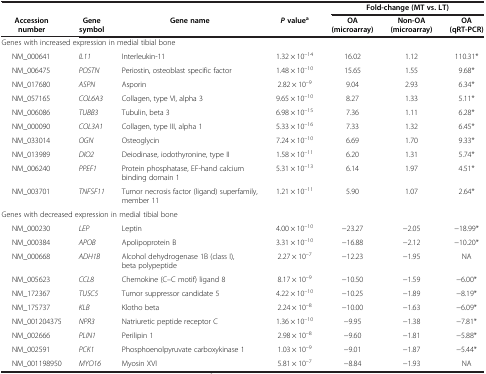
<table><thead><tr><td><b> </b></td><td><b> </b></td><td><b> </b></td><td><b> </b></td><td colspan="3"><b>Fold-change (MT vs. LT)</b></td></tr><tr><td><b>Accession number</b></td><td><b>Gene symbol</b></td><td><b>Gene name</b></td><td><b><i>P </i>value<sup>a</sup></b></td><td><b>OA (microarray)</b></td><td><b>Non-OA (microarray)</b></td><td><b>OA (qRT-PCR)</b></td></tr></thead><tbody><tr><td colspan="3">Genes with increased expression in medial tibial bone</td><td> </td><td colspan="3"> </td></tr><tr><td>NM_000641</td><td><i>IL11</i></td><td>Interleukin-11</td><td>1.32 × 10<sup>–14</sup></td><td>16.02</td><td>1.12</td><td>110.31*</td></tr><tr><td>NM_006475</td><td><i>POSTN</i></td><td>Periostin, osteoblast specific factor</td><td>1.48 × 10<sup>–10</sup></td><td>15.65</td><td>1.55</td><td>9.68*</td></tr><tr><td>NM_017680</td><td><i>ASPN</i></td><td>Asporin</td><td>2.82 × 10<sup>–9</sup></td><td>9.04</td><td>2.93</td><td>6.34*</td></tr><tr><td>NM_057165</td><td><i>COL6A3</i></td><td>Collagen, type VI, alpha 3</td><td>9.65 × 10<sup>–10</sup></td><td>8.27</td><td>1.33</td><td>5.11*</td></tr><tr><td>NM_006086</td><td><i>TUBB3</i></td><td>Tubulin, beta 3</td><td>6.98 × 10<sup>–15</sup></td><td>7.36</td><td>1.11</td><td>6.28*</td></tr><tr><td>NM_000090</td><td><i>COL3A1</i></td><td>Collagen, type III, alpha 1</td><td>5.33 × 10<sup>–16</sup></td><td>7.33</td><td>1.32</td><td>6.45*</td></tr><tr><td>NM_033014</td><td><i>OGN</i></td><td>Osteoglycin</td><td>7.24 × 10<sup>–10</sup></td><td>6.69</td><td>1.70</td><td>9.33*</td></tr><tr><td>NM_013989</td><td><i>DIO2</i></td><td>Deiodinase, iodothyronine, type II</td><td>1.58 × 10<sup>–11</sup></td><td>6.20</td><td>1.31</td><td>5.74*</td></tr><tr><td>NM_006240</td><td><i>PPEF1</i></td><td>Protein phosphatase, EF-hand calcium binding domain 1</td><td>5.31 × 10<sup>–13</sup></td><td>6.14</td><td>1.97</td><td>4.51*</td></tr><tr><td>NM_003701</td><td><i>TNFSF11</i></td><td>Tumor necrosis factor (ligand) superfamily, member 11</td><td>1.21 × 10<sup>–11</sup></td><td>5.90</td><td>1.07</td><td>2.64*</td></tr><tr><td colspan="7">Genes with decreased expression in medial tibial bone</td></tr><tr><td>NM_000230</td><td><i>LEP</i></td><td>Leptin</td><td>4.00 × 10<sup>–10</sup></td><td>−23.27</td><td>−2.05</td><td>−18.99*</td></tr><tr><td>NM_000384</td><td><i>APOB</i></td><td>Apolipoprotein B</td><td>3.31 × 10<sup>–10</sup></td><td>−16.88</td><td>−2.12</td><td>−10.20*</td></tr><tr><td>NM_000668</td><td><i>ADH1B</i></td><td>Alcohol dehydrogenase 1B (class I), beta polypeptide</td><td>2.27 × 10<sup>–7</sup></td><td>−12.23</td><td>−1.95</td><td>NA</td></tr><tr><td>NM_005623</td><td><i>CCL8</i></td><td>Chemokine (C–C motif) ligand 8</td><td>8.17 × 10<sup>–9</sup></td><td>−10.50</td><td>−1.59</td><td>−6.00*</td></tr><tr><td>NM_172367</td><td><i>TUSC5</i></td><td>Tumor suppressor candidate 5</td><td>4.22 × 10<sup>–10</sup></td><td>−10.25</td><td>−1.89</td><td>−8.19*</td></tr><tr><td>NM_175737</td><td><i>KLB</i></td><td>Klotho beta</td><td>2.24 × 10<sup>–8</sup></td><td>−10.00</td><td>−1.63</td><td>−6.09*</td></tr><tr><td>NM_001204375</td><td><i>NPR3</i></td><td>Natriuretic peptide receptor C</td><td>1.36 × 10<sup>–10</sup></td><td>−9.95</td><td>−1.38</td><td>−7.81*</td></tr><tr><td>NM_002666</td><td><i>PLIN1</i></td><td>Perilipin 1</td><td>2.98 × 10<sup>–8</sup></td><td>−9.60</td><td>−1.81</td><td>−5.88*</td></tr><tr><td>NM_002591</td><td><i>PCK1</i></td><td>Phosphoenolpyruvate carboxykinase 1</td><td>1.03 × 10<sup>–9</sup></td><td>−9.01</td><td>−1.87</td><td>−5.44*</td></tr><tr><td>NM_001198950</td><td><i>MYO16</i></td><td>Myosin XVI</td><td>5.81 × 10<sup>–7</sup></td><td>−8.84</td><td>−1.93</td><td>NA</td></tr></tbody></table>